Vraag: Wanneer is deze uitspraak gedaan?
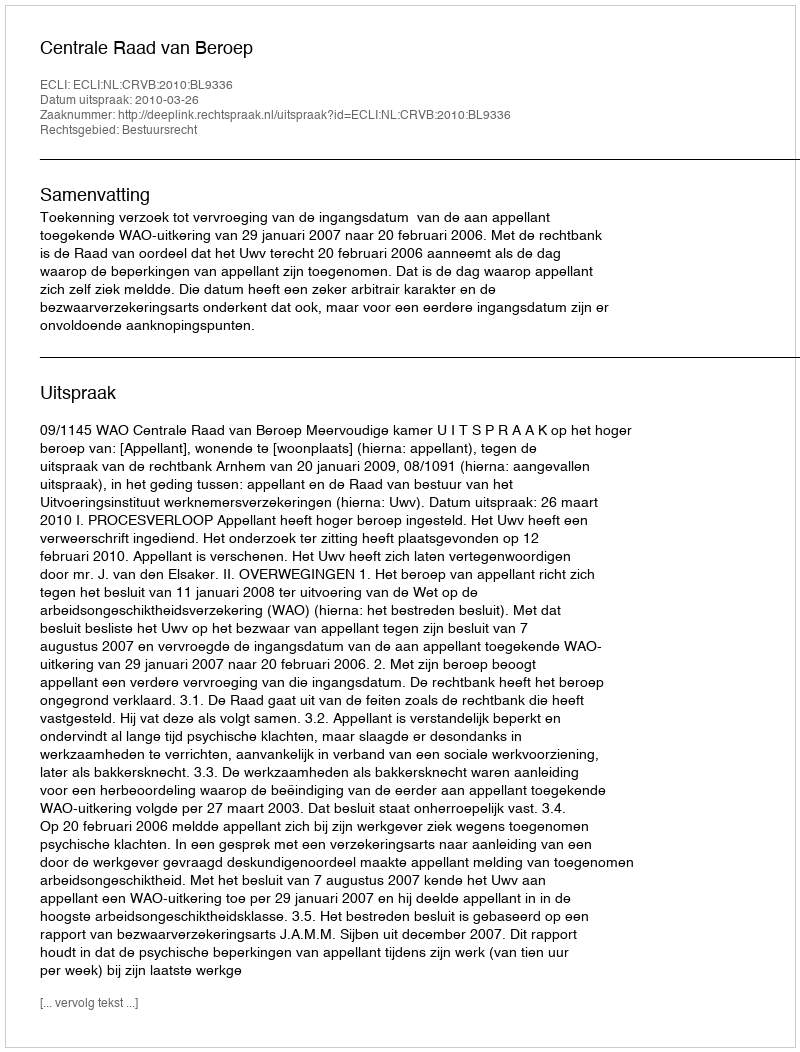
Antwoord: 2010-03-26